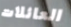
العائلات